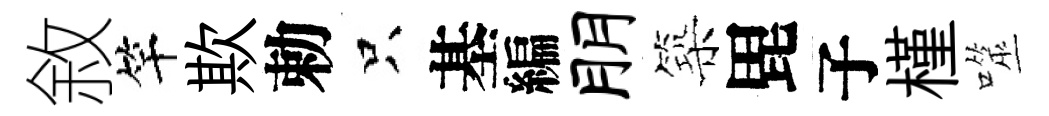
敘竿欺勅只基編朋築毘子槿噬